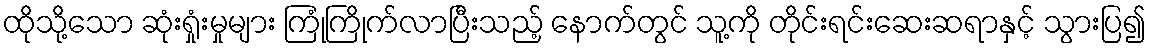
ထိုသို့သော ဆုံးရှုံးမှုများ ကြုံကြိုက်လာပြီးသည့် နောက်တွင် သူ့ကို တိုင်းရင်းဆေးဆရာနှင့် သွားပြ၍